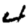
Digit: 4